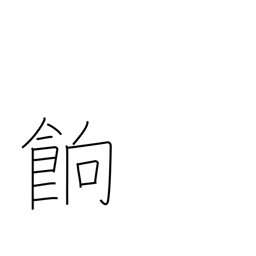
Meaning: (dried) boiled rice